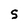
Character: S